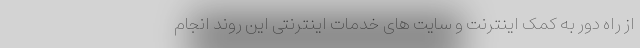
از راه دور به کمک اینترنت و سایت های خدمات اینترنتی این روند انجام